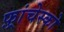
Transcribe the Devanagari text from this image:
फ़्रांचेस्को